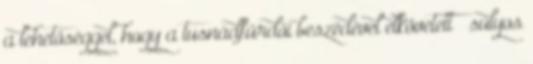
a lehetőséggel, hogy a tusnádfürdői beszédével elkövetett – súlyos